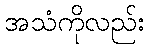
အသံကိုလည်း